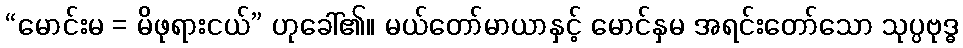
“မောင်းမ = မိဖုရားငယ်” ဟုခေါ်၏။ မယ်တော်မာယာနှင့် မောင်နှမ အရင်းတော်သော သုပ္ပဗုဒ္ဓ